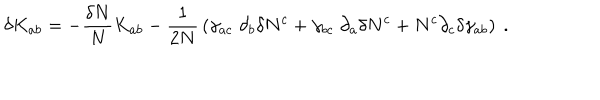
\delta K _ { a b } = - { \frac { \delta N } { N } } K _ { a b } - { \frac { 1 } { 2 N } } \left( \gamma _ { a c } \; \partial _ { b } \delta N ^ { c } + \gamma _ { b c } \; \partial _ { a } \delta N ^ { c } + N ^ { c } \partial _ { c } \delta \gamma _ { a b } \right) \ .